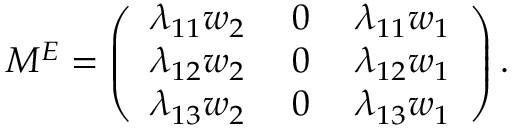
M ^ { E } = \left( \begin{array} { c c c } { { \lambda _ { 1 1 } w _ { 2 } \; } } & { { 0 \; } } & { { \lambda _ { 1 1 } w _ { 1 } } } \\ { { \lambda _ { 1 2 } w _ { 2 } \; } } & { { 0 \; } } & { { \lambda _ { 1 2 } w _ { 1 } } } \\ { { \lambda _ { 1 3 } w _ { 2 } \; } } & { { 0 \; } } & { { \lambda _ { 1 3 } w _ { 1 } } } \end{array} \right) .